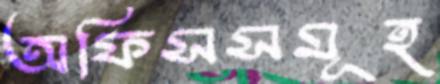
অফিসসমূহ